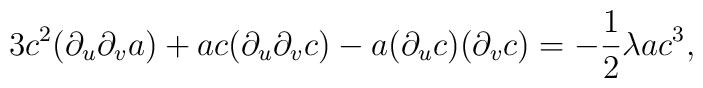
3c^2(\partial_u\partial_v a)+ac(\partial_u\partial_v c)-a(\partial_u c)(\partial_v c)=-\frac{1}{2}\lambda ac^3  ,